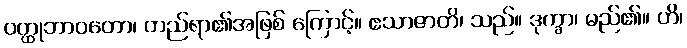
ဝတ္ထုဘာဝတော၊ တည်ရာ၏အဖြစ် ကြောင့်။ ဧသာဇာတိ၊ သည်။ ဒုက္ခာ၊ မည်၏။ ဟိ၊